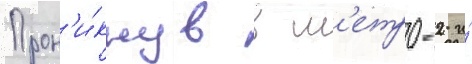
Прон'и́кнув в м'етро-2 и́